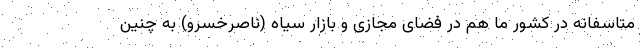
متاسفانه در کشور ما هم در فضای مجازی و بازار سیاه (ناصرخسرو) به چنین